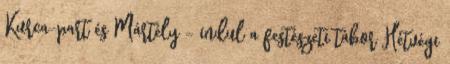
Kurca-part és Mártély – indul a festészeti tábor Hétvégi